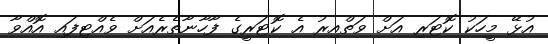
އުޅޭ މީހަކު ކޮޓަރި އަށް ވަތްއިރު އެ ކޮޓަރީގެ ފާހާނާތެރެއަށް ވެއްޓިފައި އޮއްވާ